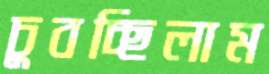
চুবচ্ছিলাম